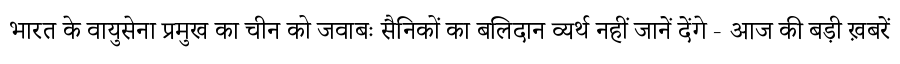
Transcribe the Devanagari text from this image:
भारत के वायुसेना प्रमुख का चीन को जवाबः सैनिकों का बलिदान व्यर्थ नहीं जानें देंगे - आज की बड़ी ख़बरें